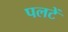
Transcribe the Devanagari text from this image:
पलटें